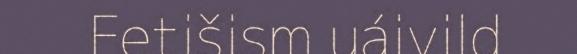
Fetišism uáivild